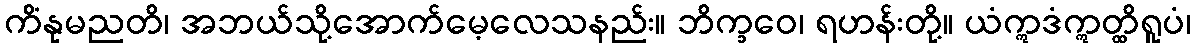
ကိံနုမညတိ၊ အဘယ်သို့အောက်မေ့လေသနည်း။ ဘိက္ခဝေ၊ ရဟန်းတို့။ ယံဣဒံဣတ္ထိရူပံ၊